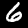
Digit: 6